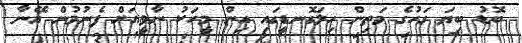
ބޮޑު ބިޔަ ގަހުގެ މަތިން ހިލަގޮނޑީގައި އިން މީހަކު ނާވީއަށް ފެނުމުން އޭނާ